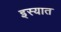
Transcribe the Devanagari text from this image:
इस्यात